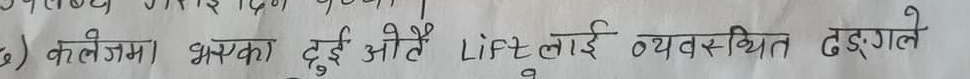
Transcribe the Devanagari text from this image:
६) कलेजमा भएका दुई ओटै Lift लाई व्यवस्थित ढङ्गले